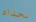
بحذاء